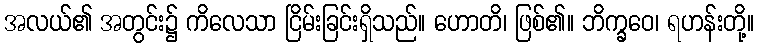
အလယ်၏ အတွင်း၌ ကိလေသာ ငြိမ်းခြင်းရှိသည်။ ဟောတိ၊ ဖြစ်၏။ ဘိက္ခဝေ၊ ရဟန်းတို့။